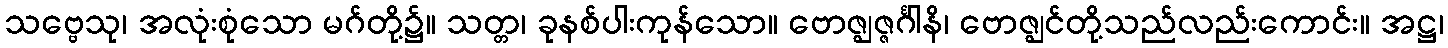
သဗ္ဗေသု၊ အလုံးစုံသော မဂ်တို့၌။ သတ္တ၊ ခုနစ်ပါးကုန်သော။ ဗောဇ္ဈဇ္ဇင်္ဂါနိ၊ ဗောဇ္ဈင်တို့သည်လည်းကောင်း။ အဋ္ဌ၊